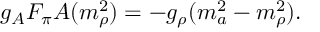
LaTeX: g _ { A } F _ { \pi } A ( m _ { \rho } ^ { 2 } ) = - g _ { \rho } ( m _ { a } ^ { 2 } - m _ { \rho } ^ { 2 } ) .